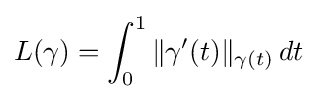
L(\gamma )=\int _{0}^{1}\|\gamma '(t)\|_{\gamma (t)}\,dt